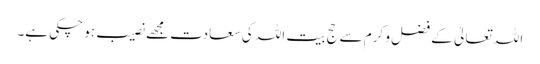
اللہ تعالیٰ کے فضل و کرم سے حج بیت اللہ کی سعادت مجھے نصیب ہو چکی ہے۔